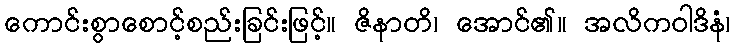
ကောင်းစွာစောင့်စည်းခြင်းဖြင့်။ ဇိနာတိ၊ အောင်၏။ အလိကဝါဒိနံ၊